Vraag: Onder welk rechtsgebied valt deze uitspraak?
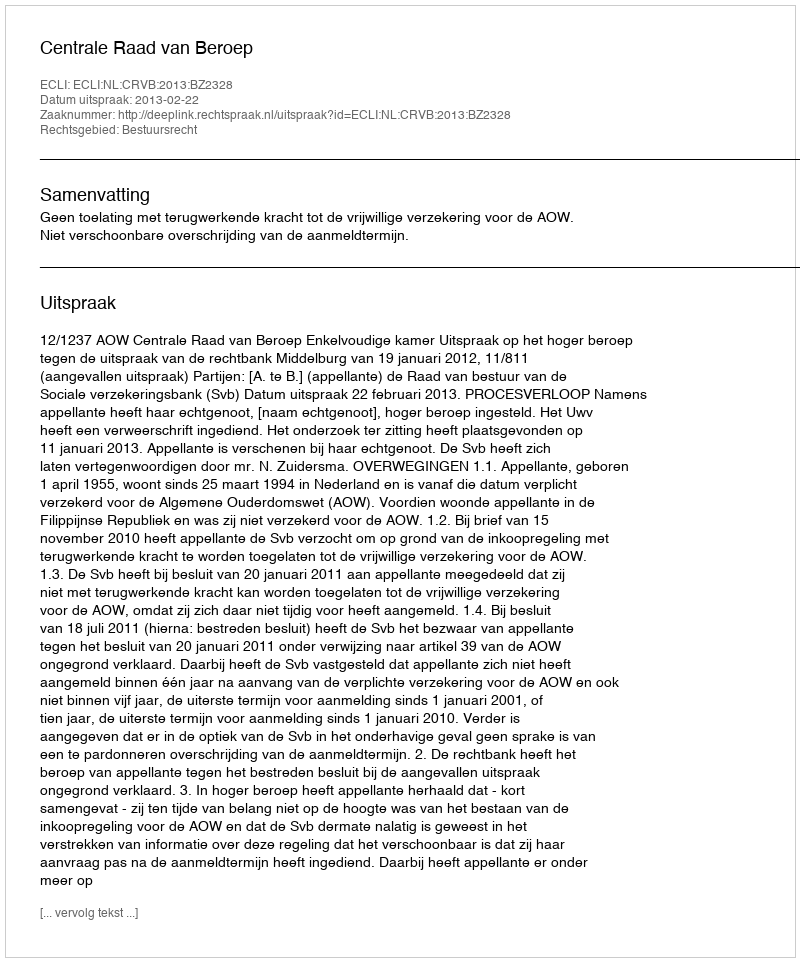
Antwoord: Bestuursrecht